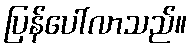
ပြန်ပေါ်လာသည်။